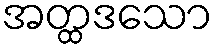
အတ္ထဒသော